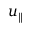
u _ { \parallel }